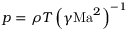
p = \rho T \left( \gamma \mathrm { M a } ^ { 2 } \right) ^ { - 1 }